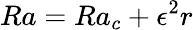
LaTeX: Ra=Ra_{c}+\epsilon^{2}r